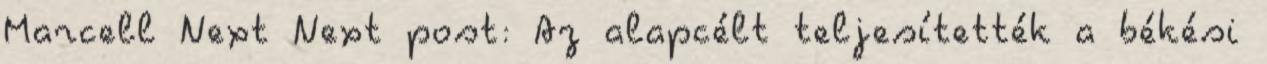
Marcell Next Next post: Az alapcélt teljesítették a békési